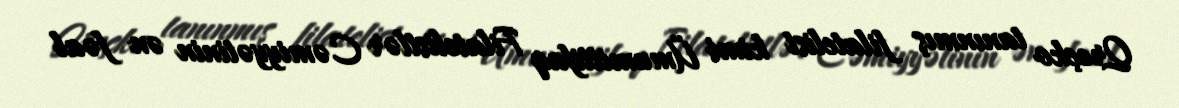
Qreçko tanınmış filatelist kimi Ümumittifaq Filatelistlər Cəmiyyətinin ən fəal